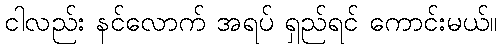
ငါလည်း နင်လောက် အရပ် ရှည်ရင် ကောင်းမယ်။